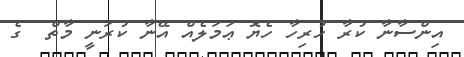
އިންސާނާ ކުރާ ހުރިހާ ހެޔޮ ޢަމަލެއް އޭނާ ކުރަނީ މާތް  ގެ